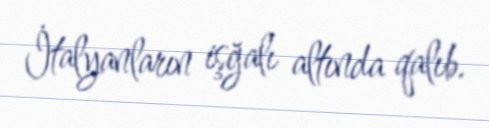
İtalyanların işğalı altında qalıb.